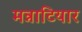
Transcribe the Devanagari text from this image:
मन्नाटियार